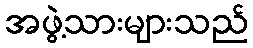
အဖွဲ့သားများသည်